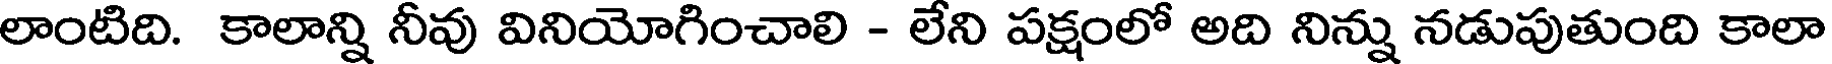
లాంటిది. కాలాన్ని నీవు వినియోగించాలి - లేని పక్షంలో అది నిన్ను నడుపుతుంది కాలా